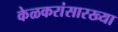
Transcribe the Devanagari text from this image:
केळकरांसारख्या